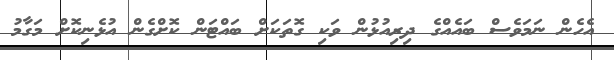
އެެހެން ނަމަވެސް ބައެއްގެ ދިރިއުޅުން ވަކި ގޮތަކަށް ބައްޓަން ކޮށްގެން އުޅެނިކޮށް މަގާމު